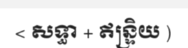
< សទ្ធា + ឥន្ទ្រិយ )